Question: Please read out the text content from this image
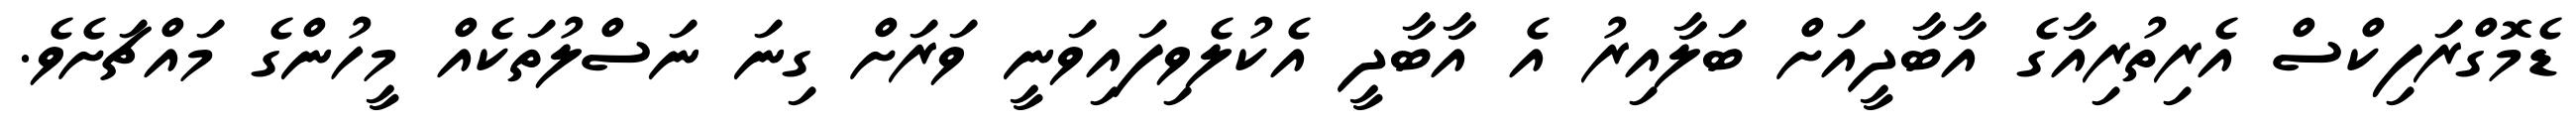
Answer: ޑެމޮގްރަފިކްސް އެރިތުރިއާގެ އާބާދީއަށް ބަލާއިރު އެ އާބާދީ އެކުލެވިފައިވަނީ ވަރަށް ގިނަ ނަސްލުތަކެއް މީހުންގެ މައްޗަށެވެ.